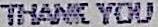
THANK YOU